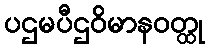
ပဌမပီဌဝိမာနဝတ္ထု